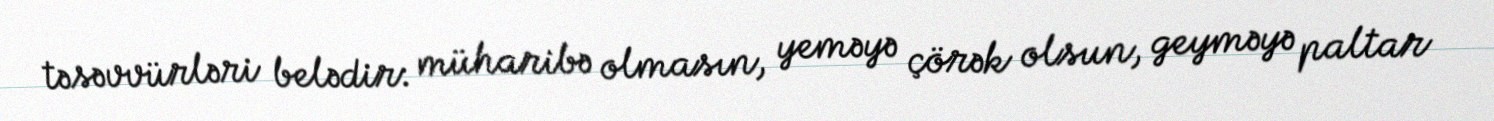
təsəvvürləri belədir: müharibə olmasın, yeməyə çörək olsun, geyməyə paltar